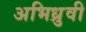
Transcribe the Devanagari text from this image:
अभिध्रुवी